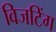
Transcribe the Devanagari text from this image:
विजटिंग